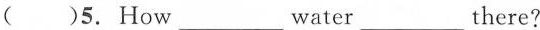
()5.How ___ water ___ there？